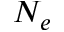
N _ { e }